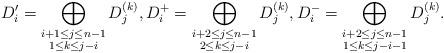
LaTeX: \begin{align*}D _i ^{\prime} =\bigoplus_{\substack{ i+1 \leq j \leq n-1 \\1 \leq k \leq j-i}} D_j^{(k)}, D _i ^{+} = \bigoplus_{\substack{i+2 \leq j \leq n-1 \\2 \leq k \leq j-i}} D_j^{(k)}, D _i ^{-} = \bigoplus_{\substack{ i+2 \leq j \leq n-1 \\1 \leq k \leq j-i-1}} D_j^{(k)}.\end{align*}